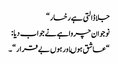
جلاڈالتی ہے رخسار “
نوجوان چرواہے نے جواب دیا :
“عاشق ہوںاور ہوں بے قرار “۔